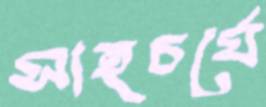
সাহচর্যে